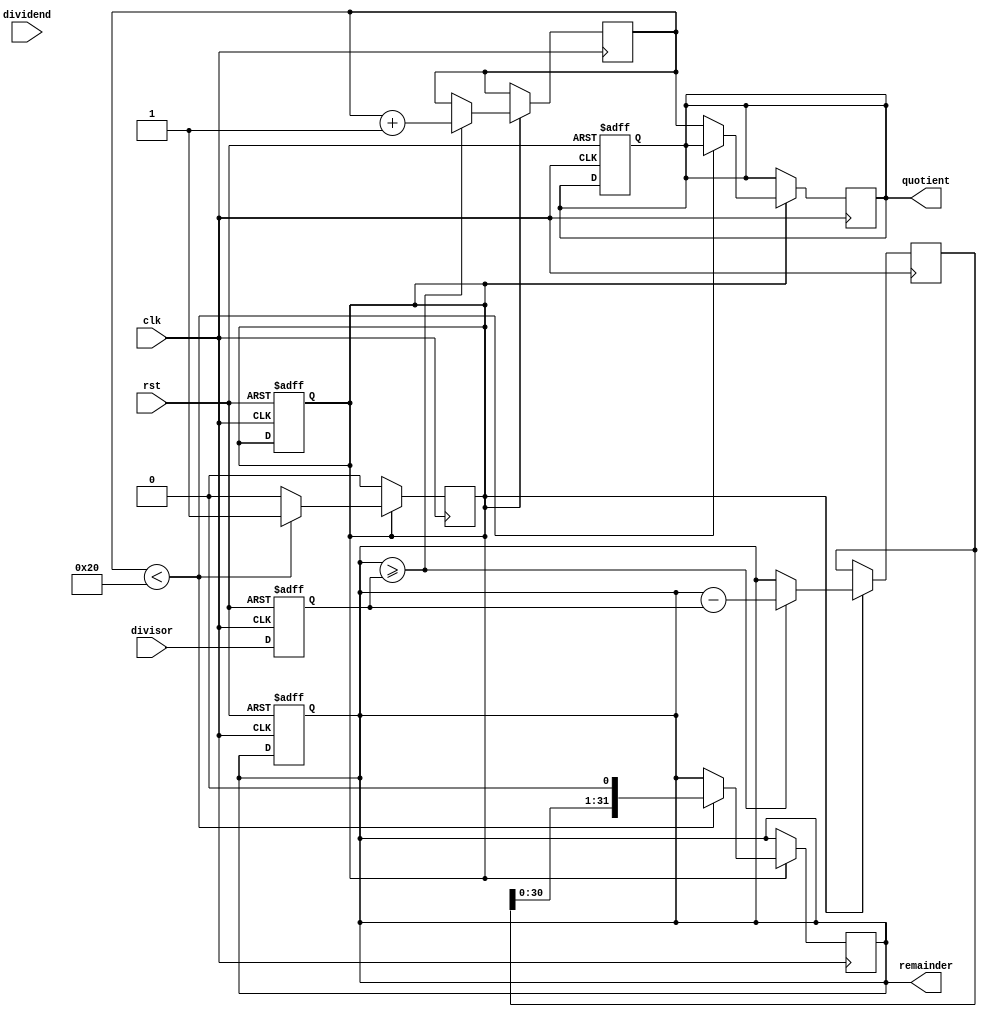
module radix2_srt_divider (
  input wire clk,
  input wire rst,
  input wire [31:0] dividend,
  input wire [31:0] divisor,
  output wire [31:0] quotient,
  output wire [31:0] remainder
);

// Define registers to hold operands
reg [31:0] dividend_reg;
reg [31:0] divisor_reg;
reg [31:0] remainder_reg;
reg [31:0] quotient_reg;

// Define control signals
reg start;
reg done;

// Define arithmetic units
reg [31:0] tmp_reg;
reg [31:0] count_reg;

// Initialize registers
always @ (posedge clk or posedge rst)
begin
  if (rst)
  begin
    dividend_reg <= 0;
    divisor_reg <= 0;
    remainder_reg <= 0;
    quotient_reg <= 0;
    start <= 0;
    done <= 0;
  end
  else
  begin
    dividend_reg <= dividend;
    divisor_reg <= divisor;
  end
end

// Control logic
always @ (posedge clk)
begin
  if (start)
  begin
    if (remainder_reg >= divisor_reg)
    begin
      tmp_reg <= remainder_reg - divisor_reg;
      count_reg <= count_reg + 1;
    end
    else
    begin
      tmp_reg <= remainder_reg;
    end
    
    if (count_reg < 32)
    begin
      remainder_reg <= tmp_reg << 1;
    end
    else
    begin
      quotient_reg <= count_reg;
      done <= 1;
      start <= 0;
    end
  end
end

// Output signals
assign quotient = quotient_reg;
assign remainder = remainder_reg;

endmodule